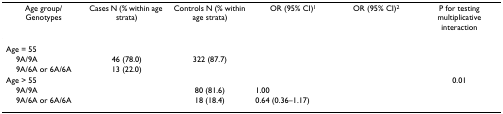
<table><thead><tr><td><b>Age group/ Genotypes</b></td><td><b>Cases N (% within age strata)</b></td><td><b>Controls N (% within age strata)</b></td><td><b>OR (95% CI)<sup>1</sup></b></td><td><b>OR (95% CI)<sup>2</sup></b></td><td><b>P for testing multiplicative interaction</b></td></tr></thead><tbody><tr><td>Age = 55</td><td>[EMPTY_CELL]</td><td>[EMPTY_CELL]</td><td>[EMPTY_CELL]</td><td>[EMPTY_CELL]</td><td>[EMPTY_CELL]</td></tr><tr><td> 9A/9A</td><td>46 (78.0)</td><td>322 (87.7)</td><td>[EMPTY_CELL]</td><td>[EMPTY_CELL]</td><td>[EMPTY_CELL]</td></tr><tr><td> 9A/6A or 6A/6A</td><td>13 (22.0)</td><td>[EMPTY_CELL]</td><td>[EMPTY_CELL]</td><td>[EMPTY_CELL]</td><td>[EMPTY_CELL]</td></tr><tr><td>Age &gt; 55</td><td>[EMPTY_CELL]</td><td>[EMPTY_CELL]</td><td>[EMPTY_CELL]</td><td>[EMPTY_CELL]</td><td>0.01</td></tr><tr><td> 9A/9A</td><td>[EMPTY_CELL]</td><td>80 (81.6)</td><td>1.00</td><td>[EMPTY_CELL]</td><td>[EMPTY_CELL]</td></tr><tr><td> 9A/6A or 6A/6A</td><td>[EMPTY_CELL]</td><td>18 (18.4)</td><td>0.64 (0.36–1.17)</td><td>[EMPTY_CELL]</td><td>[EMPTY_CELL]</td></tr></tbody></table>